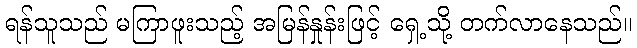
ရန်သူသည် မကြာဖူးသည့် အမြန်နှုန်းဖြင့် ရှေ့သို့ တက်လာနေသည်။